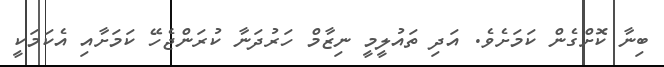
ބިނާ ކޮށްގެން ކަމަށެވެ. އަދި ތައުލީމީ ނިޒާމް ހަރުދަނާ ކުރަންޖެހޭ ކަމަށާއި އެކަމަކީ